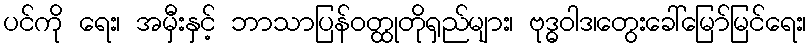
ပင်ကို ရေး၊ အမှီးနှင့် ဘာသာပြန်ဝတ္ထုတိုရှည်များ၊ ဗုဒ္ဓဝါဒ၊တွေးခေါ်မြော်မြင်ရေး၊